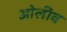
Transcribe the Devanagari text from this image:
ओलीव